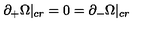
\partial _ { + } \Omega | _ { c r } = 0 = \partial _ { - } \Omega | _ { c r }